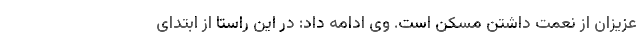
عزیزان از نعمت داشتن مسکن است. وی ادامه داد: در این راستا از ابتدای